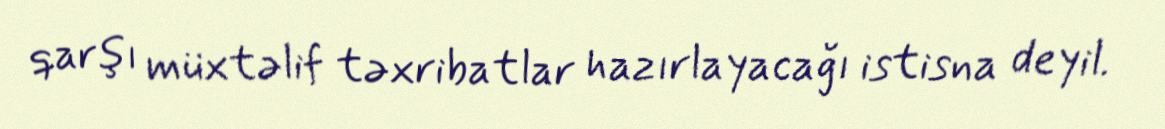
qarşı müxtəlif təxribatlar hazırlayacağı istisna deyil.